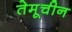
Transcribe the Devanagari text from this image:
तेमूचीन